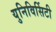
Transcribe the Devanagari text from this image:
युनिविर्सिटी